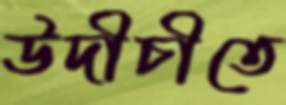
উদীচীতে